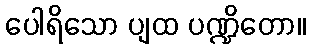
ပေါရိသော ပျထ ပဏ္ဍိတော။